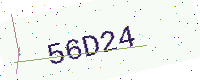
Text: 56D24